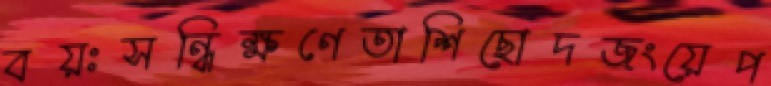
বয়ঃসন্ধিক্ষণেতাশিছোদজংয়েপ